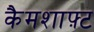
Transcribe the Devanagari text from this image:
कैमशाफ़्ट